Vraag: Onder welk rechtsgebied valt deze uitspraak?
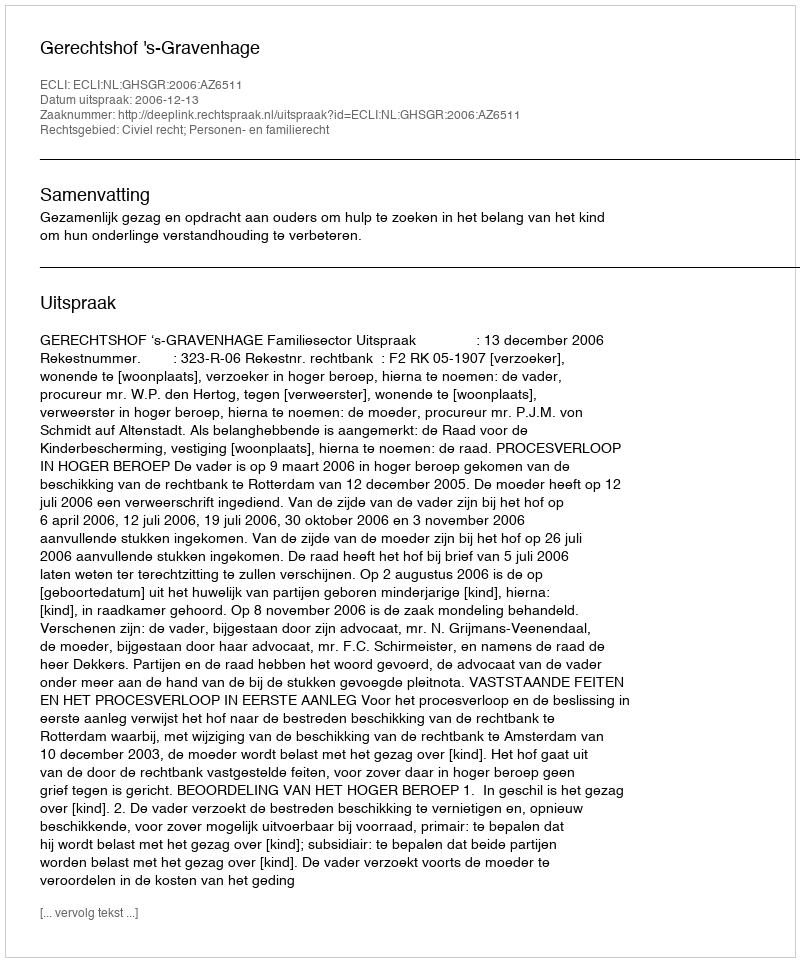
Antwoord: Civiel recht; Personen- en familierecht